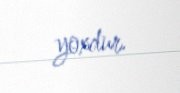
yoxdur.